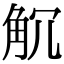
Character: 𧣍